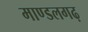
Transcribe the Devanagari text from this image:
माण्डलगढ़